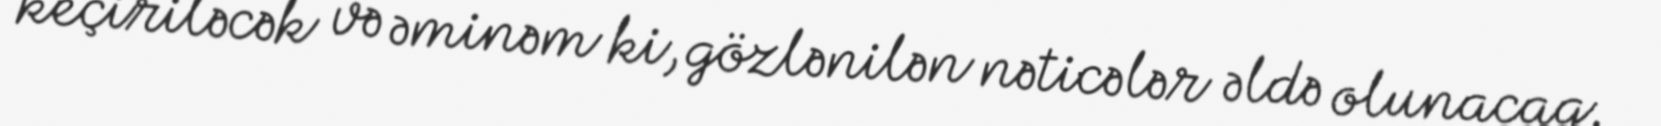
keçiriləcək və əminəm ki, gözlənilən nəticələr əldə olunacaq.